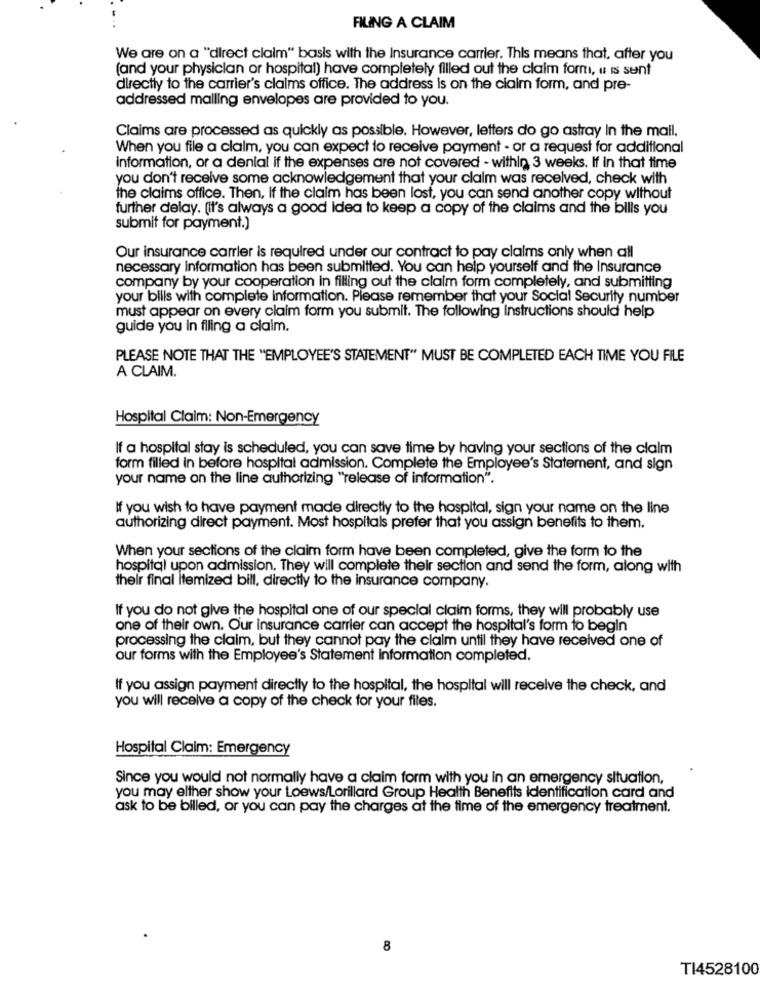
FILING A CLAIM
We are on a "direct claim" basis with the Insurance carrier. This means that, after you
(and your physician or hospital) have completely filled out the claim form, « is sent
directly to the carrier's claims office. The address is on the claim form, and pre-
addressed malling envelopes are provided to you.
Claims are processed as quickly as possible. However, letters do go astray In the mail.
When you file a claim, you can expect to receive payment - or a request for additional
information, or a denial if the expenses are not covered - within 3 weeks. If in that time
you don't receive some acknowledgement that your claim was received, check with
the claims office. Then, if the claim has been lost, you can send another copy without
further delay. (It's always a good Idea to keep a copy of the claims and the bills you
submit for payment.)
Our insurance carrier is required under our contract to pay claims only when all
necessary information has been submitted. You can help yourself and the Insurance
company by your cooperation in filling out the claim form completely, and submitting
your bills with complete information. Please remember that your Social Security number
must appear on every claim form you submit. The following Instructions should help
guide you in filling a claim.
PLEASE NOTE THAT THE "EMPLOYEE'S STATEMENT" MUST BE COMPLETED EACH TIME YOU FILE
A CLAIM.
Hospital Claim: Non-Emergency
If a hospital stay is scheduled, you can save time by having your sections of the claim
form filled in before hospital admission. Complete the Employee's Statement, and sign
your name on the line authorizing "release of information".
If you wish to have payment made directly to the hospital, sign your name on the line
authorizing direct payment. Most hospitals prefer that you assign benefits to them.
When your sections of the claim form have been completed, give the form to the
hospital upon admission. They will complete their section and send the form, along with
their final itemized bill, directly to the insurance company.
If you do not give the hospital one of our special claim forms, they will probably use
one of their own. Our insurance carrier can accept the hospital's form to begin
processing the claim, but they cannot pay the claim until they have received one of
our forms with the Employee's Statement Information completed.
If you assign payment directly to the hospital, the hospital will receive the check, and
you will receive a copy of the check for your files.
Hospital Claim: Emergency
Since you would not normally have a claim form with you in an emergency situation,
you may elther show your Loews/Lorillard Group Health Benefits identification card and
ask to be billed, or you can pay the charges at the time of the emergency treatment.
8
T14528100